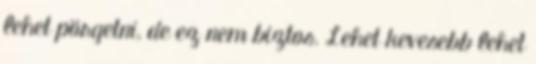
lehet pörgetni, de ez nem biztos. Lehet kevesebb lehet